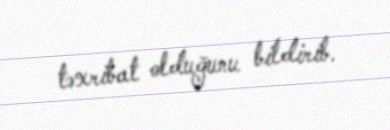
təxribat olduğunu bildirib.